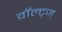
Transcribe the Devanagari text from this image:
वॉल्ट्ज्